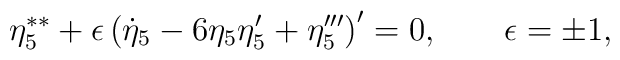
\eta _{5}^{\ast \ast }+\epsilon \left( \dot{\eta}_{5}-6\eta _{5}\eta_{5}^{\prime }+\eta _{5}^{\prime \prime \prime }\right) ^{\prime }=0,\qquad\epsilon =\pm 1,